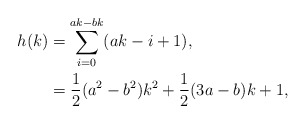
\begin{align*}h(k)&=\sum_{i=0}^{ak-bk}(ak-i+1), \\ &=\frac{1}{2}(a^2-b^2)k^2+\frac{1}{2}(3a-b)k+1,\end{align*}